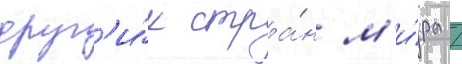
друг'и́х стра́н м'и́ра /